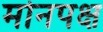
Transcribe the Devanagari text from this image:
मोनपक्ष